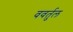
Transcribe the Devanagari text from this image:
ववर्तुल